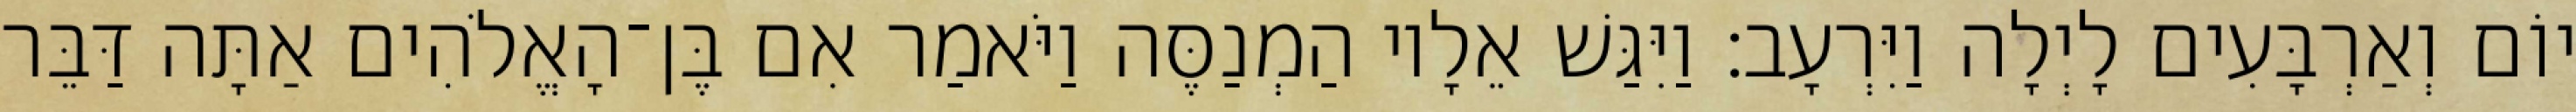
יוֹם וְאַרְבָּעִים לָיְלָה וַיִּרְעָב׃ וַיִּגַּשׁ אֵלָיו הַמְנַסֶּה וַיֹּאמַר אִם בֶּן־הָאֱלֹהִים אַתָּה דַּבֵּר